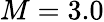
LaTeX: M=3.0